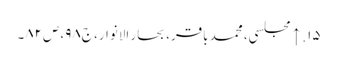
۱۵. ↑ مجلسی، محمد باقر، بحار الانوار، ج‌۹۸، ص‌۸۲۔